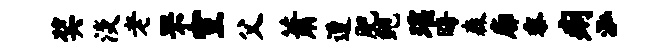
奖淡老罘室父萧遭肥鲍瑶晦森廓黍痢泓